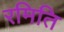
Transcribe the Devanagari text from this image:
रमिति